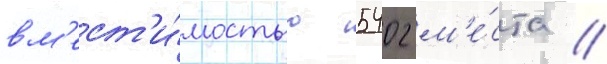
вм'ест'и́мостью 5402 м'е́ста //